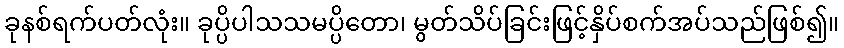
ခုနစ်ရက်ပတ်လုံး။ ခုပ္ပိပါသသမပ္ပိတော၊ မွတ်သိပ်ခြင်းဖြင့်နှိပ်စက်အပ်သည်ဖြစ်၍။